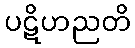
ပဋိဟညတိ